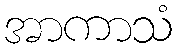
အာကာသံ